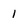
Character: 1